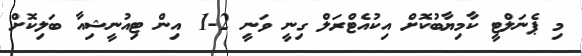
މި ޕެނަލްޓީ ކާމިޔާބުކޮށް އިކުއެޓްރަލް ގިނީ ވަނީ 2-1 އިން ޓިއުނީޝިއާ ބަލިކޮށް